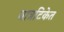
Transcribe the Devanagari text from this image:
वात्रटिकेत